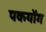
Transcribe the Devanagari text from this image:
पकयोंग